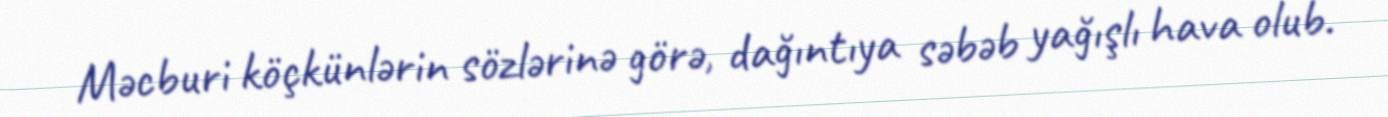
Məcburi köçkünlərin sözlərinə görə, dağıntıya səbəb yağışlı hava olub.